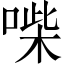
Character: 喍